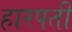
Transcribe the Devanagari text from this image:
हारपती